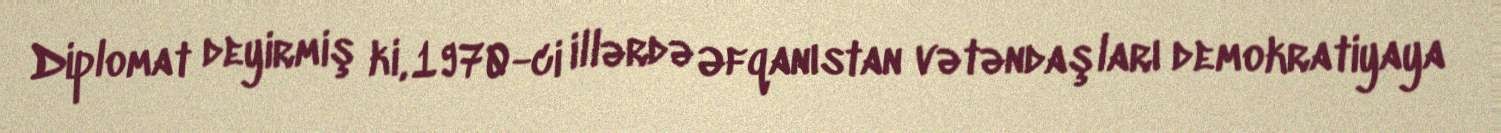
Diplomat deyirmiş ki, 1970-ci illərdə Əfqanıstan vətəndaşları demokratiyaya